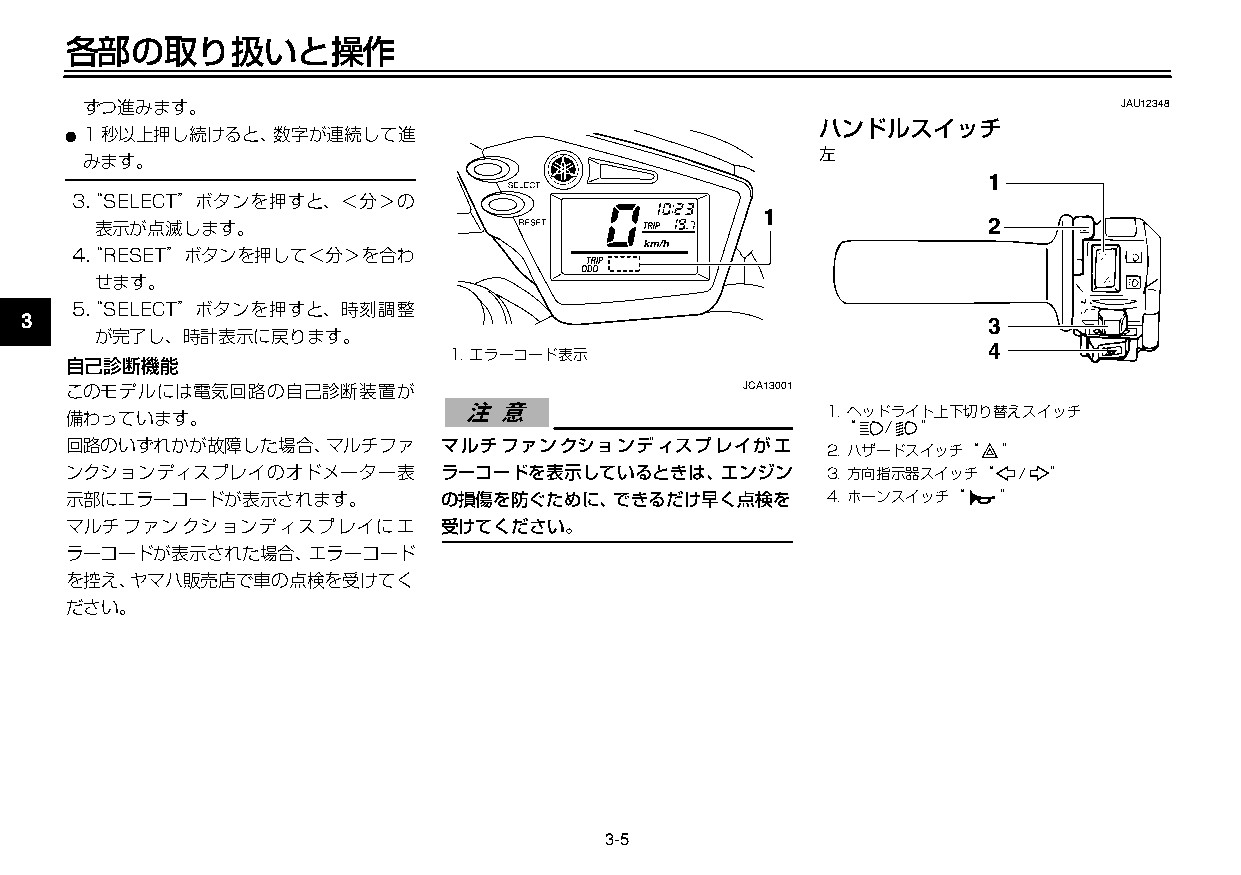
U3C5J7J0 5ページ ２００９年１１月４日 水曜日 午前９時４７分
 各部の取り扱いと操作
 ずつ進みます。                                                             JAU12348
 ハンドルスイッチ
 ●1秒以上押し続けると、数字が連続して進
 左
 みます。
 1
 1  3“. SELECT”ボタンを押すと、＜分＞の
 1
 2
 表示が点滅します。
 2  4“. RESET”ボタンを押して＜分＞を合わ
 せます。
 5“. SELECT”ボタンを押すと、時刻調整
 3                                                               3
 が完了し、時計表示に戻ります。
 4
 1.エラーコード表示
 自己診断機能
 4
 このモデルには電気回路の自己診断装置が                         JCA13001
 備わっています。                                          1.ヘッドライト上下切り替えスイッチ
 “  / ”
 5
 回路のいずれかが故障した場合、マルチファ    マルチファンクションディスプレイがエ
 2.ハザードスイッチ“ ”
 ンクションディスプレイのオドメーター表     ラーコードを表示しているときは、エンジン      3.方向指示器スイッチ“ / ”
 6  示部にエラーコードが表示されます。       の損傷を防ぐために、できるだけ早く点検を      4.ホーンスイッチ“ ”
 マルチファンクションディスプレイにエ      受けてください。
 7  ラーコードが表示された場合、エラーコード
 を控え、ヤマハ販売店で車の点検を受けてく
 8  ださい。
 9
 3-5